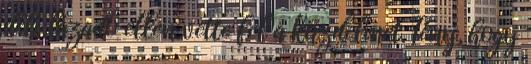
déli lázadó ellen vette fel a küzdelmet. Tény, hogy